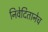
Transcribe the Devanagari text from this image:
निवेदितानेच